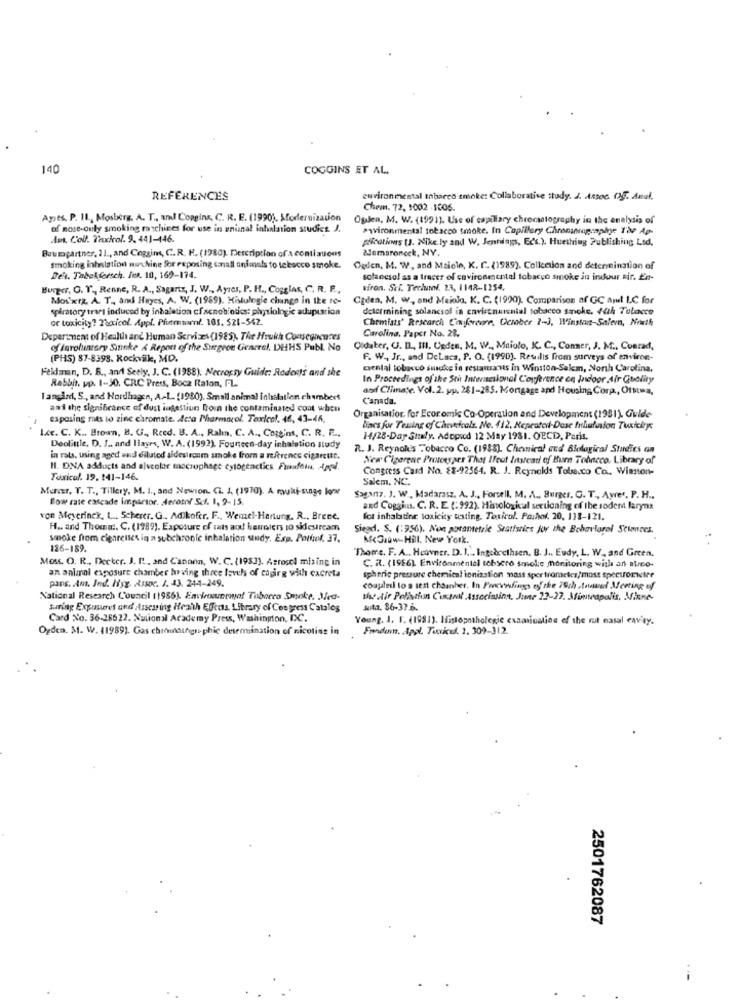
140
COGGINS ET AL.
REFERENCES
environmental thbarco smoke: Collaborative study. J. Assoc. 0g. Amal.
Chem. 72, 1002 .5006.
Ayıts. P. 11 ., Mosberg. A. T ., and Copains, C. R. E. (1990), Modernization
Opalen, M. W. (1991). Use of capillary chromatography in the enelysis of
of mose-only smoking machines for use in aninal inhalation studiet. J.
Pwvironmental tobacco smoke. In Copil'ory Chronwnogsaphye 120 Ap-
Amt. C'oll. Taxicol. 9. 441-446.
pilcutions (J. Nike. ly and W. Jennings, Eds.). Huething Publishing Led,
Baumgartner, 11 ., and Coggins, C.R. R. (1980). Description ofa continuous
ademaroncek, NY.
Smoking inhalation nuthine for exposing conall onfinals to tebecco smoke.
Ogden, M. W, and Maiele, K. C. (1989). Collection and determination of
Det. Tabelforsch. Fcn. 10, 169-174.
solanesol as a tracer of environmental tobacco smoke in indour air. En-
Burger, G. T ., Renne, R. A ., Sagartz, J. W ., Ayres, P. H ., Cogglas, C. R. P .,
viron. Sci. Tecluni. 23, 1148-1254.
Mostwra. A. T ., and Hayes, A. W. (1969). Histologie chungo in the te-
Caden, M. w, and Maiola. K. C. (1990). Comparison af GC Aml LC for
spiratory trari induced by inhalation cfacnobiotics: physiologic adupuarion
determining solancsol in cnvistnaisnial tobacco smoke. 44th Tobacco
or toxicity? Toxicol. Appl. Phummel. 105. $21-542.
Chemists' Research Conforcore, October 1-3, Winston-Salem, North
Carolina, Paper No. 23.
Department of Health and Human Services (1985). The Hrukh Consequences
of inrohuntery Suunike A Report of the Surgeon General, DHHS Publ. No
Oldater, U. IL ., III. Unden, M. W ., Maiolo, K. C ., Coner, J. M ., Conrad,
(PHS) 87-8393. Rockviik, MD.
F. W ., Jr ., and DeLaca, P. O. (1990). Reuilis from surveys of environ-
Feldman, D. B ., and Seely, J. C. (1988). Necrocsy Guide: Rodents and the
Dental tobacco smoke in restaurants in Winston-Salem, North Carolina,
Rabbit, pp. 1-50. CRC Press, Boca Raton, FL.
In Proceedings of the Sti Interneslonel Conference on Indoor Air Quality
and Climate. Vol. 2. pp. 281-285. Mortgage and Housing Corp ., Ofstma,
Tangård, S ., and Nordhagen, A-L. (1980). Small animal inhalation chambers
Canada.
and the significance of dust ingestiun from the contaminated coat when
exposing mes to zinc chromate. Acta Pharmacol. Toxicol. 46, 43-46,
Organisation for Economic Co-Operation and Development (1981). Guide
I.ce. C. K .. Brown, B. U ., Reed. B. A ., Rahın. C. A ., Comins, C. R. F ...
Bacs for Testing of Chemicals. Ne. 412. Neprotest-Dose trhufusion Tuxkiye
14/28-Day Staly. Adopred 12 May 1981. OECD, Paris.
Doolittle, D. J .. and Ilayrs, W. A. (1992). Fourteen-day inhalation study
R. J. Reynolds Tobacco Co. (1988). Chemical and Biological Studies on
in rats, using aged and diluted sidesironm smoke from a reference cigarette.
New Cigarene Prototyper That Ifeut Instead of Burn Tobacco, Library of
Il. DNA adducts and alveolar macrophage cytogtactics Finaufhin. Appl.
Congress Card No. £8-92564. R. J. Reynolds Tobacco Co .. Winston-
Toxicol. 19. 141-146.
Salem, NC.
Manner. T. T ., Tillery, M. I ., and Newion. G. i. (1970), A mai-stage lo
flow rate extcade impartor. erotol Sel. 1, 9-15.
Sagartz, J. W ., Madarasz. A. J ., Forsell, M. A ., Burger. O. T ., Awe', P. H ..
and Coggins. C. R. E. (: 992). Histological sertioning of the rodent larynx
von Meyerinck. L ., Scherer. G. Adikofer, F ., Wennel-Hartung. R ., Brene.
for inhaltine toxicity testing. Toxicol. Paulof. 20, 113-121.
H .. and Thoma :. C. (1989). Exposure of cats and hamsters to sidesircam
Siegd. S. (:956). Non porametale Statistics for the Behavioral Sciences.
smoke from cigarettes in a subchronie inhalation undy. Exp. Pothof. 37.
McGraw Hill. New York.
136-189.
Thome. F. A .. Heavner. D. 1 ... Ingebrethsen. B. J .. Eudy, L. W ., and Green.
Moss. O. R ., Decker. J. It, and Canann, W. C. (1983). Asrosol mixing in
C. R. (1986) Environmental tobsero smoke monitoring with an atreo-
an animal exposure chamber heving three lovehs of coping with cacreta
pans. Ant. Ind. Hyg. Assoc. J. 43. 244-249.
spheric pressure chemical ionization mass spertrometer/moss spectrometer
coupled to s test chaanher. In Porcvrfings eff the 79ch Annual Meeting of
National Research Council (1956) Eavirtuemot Taborro Smoke. Med-
the stir Pelivriun Custoal Associasinn, June 22-27. Minneapolis, MisHe-
Suaring Exponeret and Auscaring Heath Effets Library of Congress Catalog
sota. 86-37.6.
Card No. 36-26622. National Academy Press, Washington, DC.
Young. I. F. (1981). Histopathologie examination of the rut nasal cavity.
Ogden. 31. W. 11989). Gas chinaungr phic determination of nicotins in
Fonduin. Appl. Tucicus. 2. 309-312.
2501762087